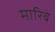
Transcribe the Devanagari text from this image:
मारिबे